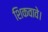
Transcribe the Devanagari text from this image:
शिकवावे।